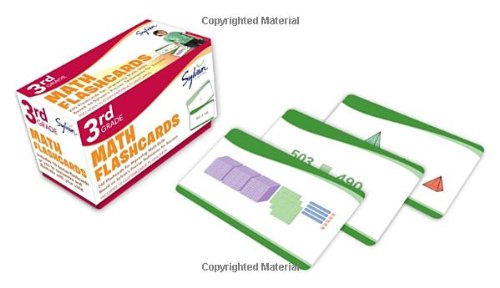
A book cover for Third Grade Math Flashcards (Flashcards Math); Sylvan Learning; Science & Math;